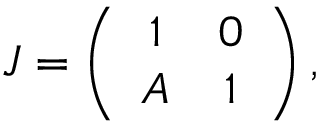
J = \left( \begin{array} { c c } { { 1 } } & { { 0 } } \\ { { A } } & { { 1 } } \end{array} \right) ,